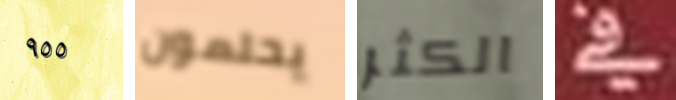
٩٥٥ يحلمون الكثر في